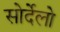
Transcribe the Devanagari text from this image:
सोर्देलो